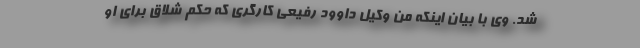
شد. وی با بیان اینکه من وکیل داوود رفیعی کارگری که حکم شلاق برای او